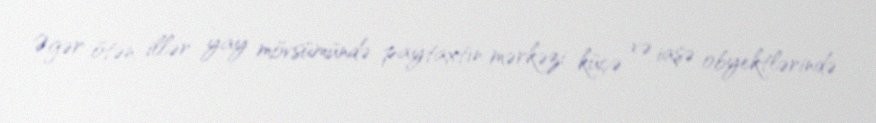
Əgər ötən illər yay mövsümündə paytaxtın mərkəzi küçə və iaşə obyektlərində